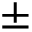
\pm